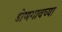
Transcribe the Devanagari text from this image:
डोणगावच्या